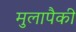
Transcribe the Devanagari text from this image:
मुलापैकी